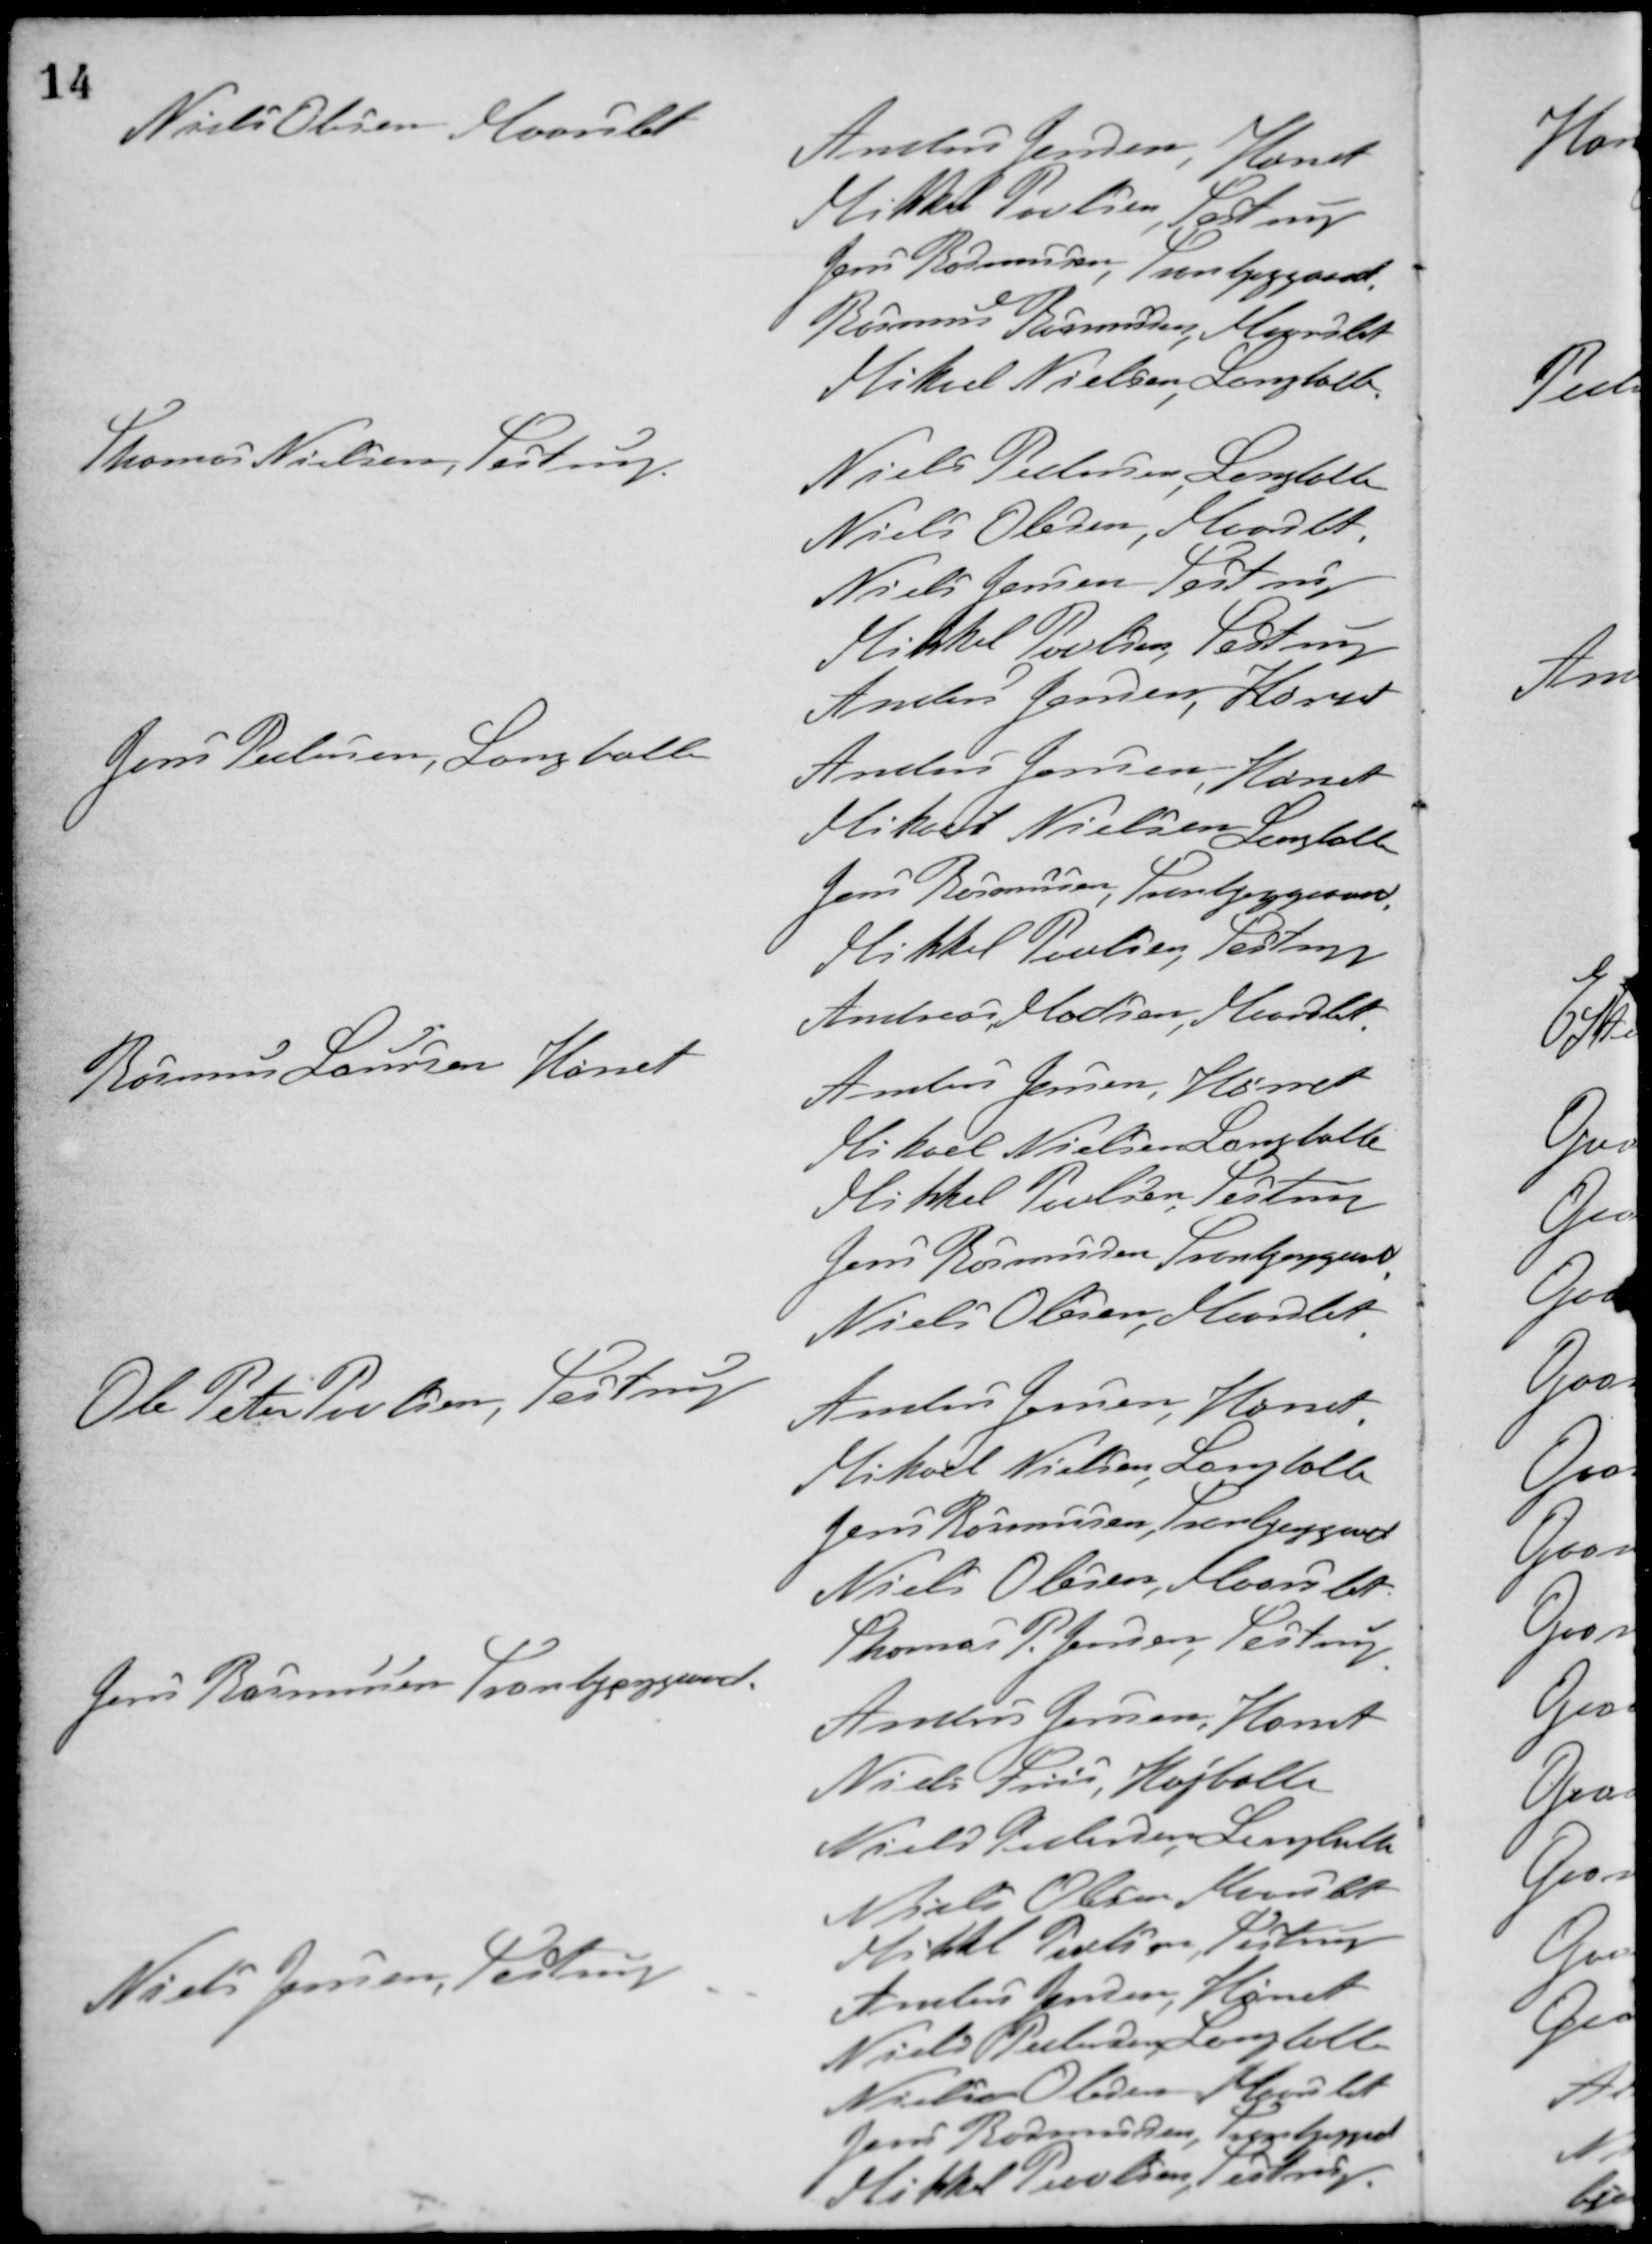
Transskription:
Niels Olesen, Maarslet
Anders Jensen, Hørret
Mikkel Poulsen, Testrup
Jens Rasmussen, Tranbjeggaard
Rasmus Rasmussen, Maarslet
Mikael Nielsen, Langballe
Thomas Nielsen, Testrup
Niels Pedersen, Langballe
Niels Olesen, Maarslet
Niels Jensen, Testrup
Mikkel Poulsen, Testrup
Anders Jensen, Hørret
Jens Pedersen, Langballe
Anders Jensen, Hørret
Mikkel Nielsen, Langballe
Jens Rasmmusen, Tranbjerggaard
Mikkel Poulsen, Testrup
Andreas Madsen, Maarslet
Rasmus Laursen, Hørret
Anders Jensen, Hørret
Mikael Nielsen, Langballe
Mikkel Poulsen, Testrup
Jens Rasmussen, Tranbjerggaard
Niels Olesen Maarslet
Ole Peter Poulsen, Testrup
Anders Jensen, Hørret
Mikael Nielsen Langballe
Jens Rasmussen, Tranbjerggaard
Niels Olesen, Maarslet
Thomas P. Jensen, Testrup
Jens Rasmussen, Tranbjerggaard
Anders Jensen, Hørret
Niels Friis, Højballe
Niels Pedersen, Langballe
Niels Olesen, Maarslet
Mikkel Poulsen, Testrup
Niels Jensen, Testrup
Anders Jensen, Hørret
Niels Pedersen, Langballe
Nielsen Olesen, Maarslet
Jens Rasmussen, Tranbjerggrd
Mikkel Poulsen, Testrup.